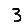
Digit: 3